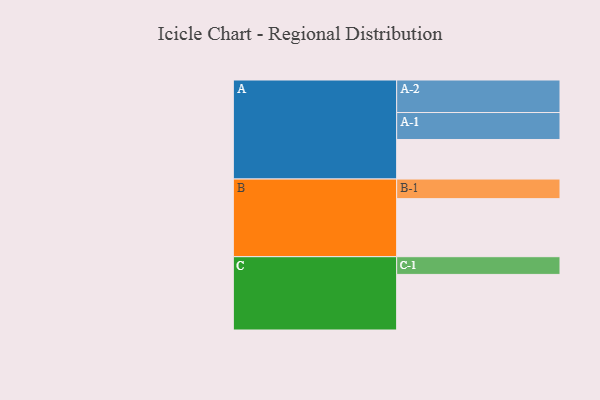
{"axis": {"x": "Segment", "y": "Value"}, "legend": ["", "A", "B", "C"], "data": [{"x": "A", "y": 355, "type": ""}, {"x": "B", "y": 521, "type": ""}, {"x": "C", "y": 499, "type": ""}, {"x": "A-1", "y": 242, "type": "A"}, {"x": "A-2", "y": 292, "type": "A"}, {"x": "B-1", "y": 176, "type": "B"}, {"x": "C-1", "y": 159, "type": "C"}]}